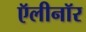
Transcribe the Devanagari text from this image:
ऍलीनॉर